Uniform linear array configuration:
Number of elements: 8
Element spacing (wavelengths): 0.25
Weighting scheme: exponential
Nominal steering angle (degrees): -15
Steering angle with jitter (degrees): -14.665
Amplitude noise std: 0.05
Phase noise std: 0.05

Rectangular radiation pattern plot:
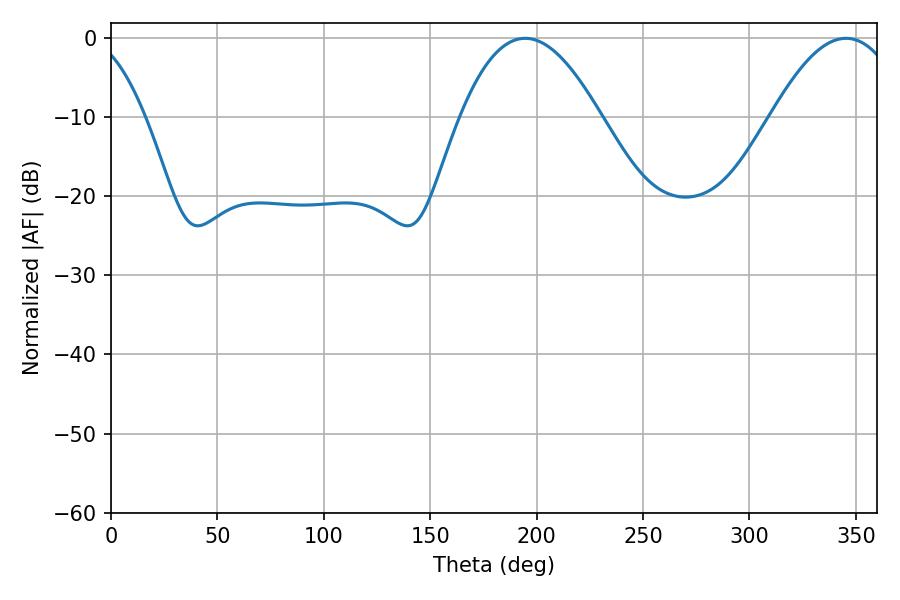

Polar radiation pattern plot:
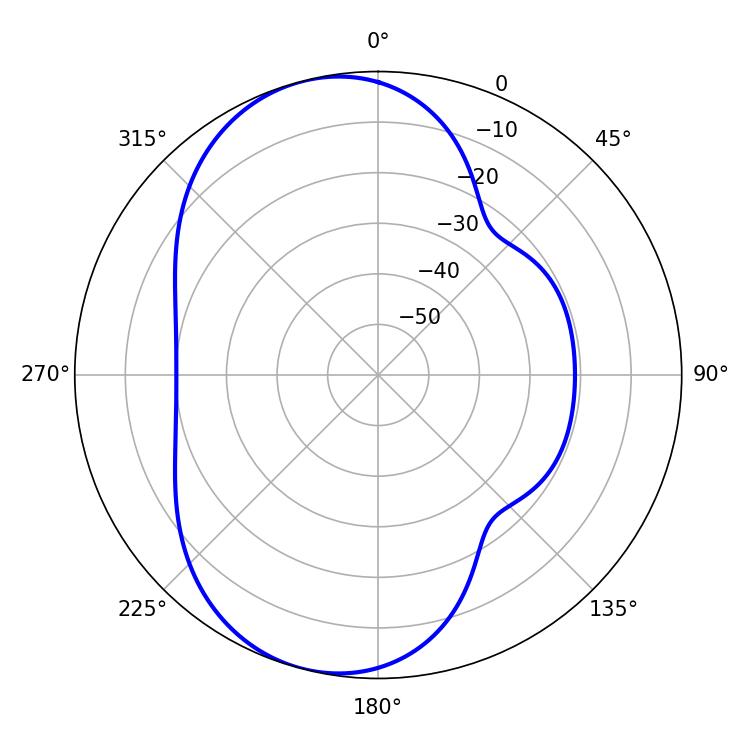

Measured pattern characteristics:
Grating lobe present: FALSE
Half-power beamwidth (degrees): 36
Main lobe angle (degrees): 194.58